Calcutta medical institutions reports 1879-81 [i.e.91]
Year: 1879
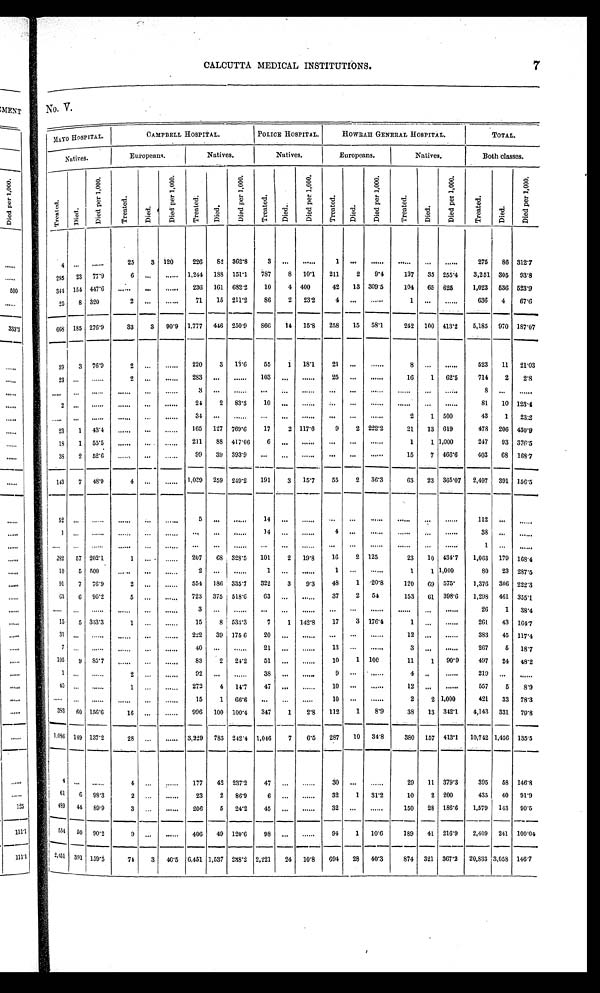
CALCUTTA MEDICAL INSTITUTIONS.
7
No. V.
MAYO HOSPITAL.
CAMPBELL HOSPITAL.
POLICE HOSPITAL.
HOWRAH GENERAL HOSPITAL.
T O T A L .
N a t i v e s .
E u r o p e a n s .
Na t i v e s .
Natives.
Europeans.
Na t i v e s .
Bot h cl asses.
T r e a t e d .
D i e d .
D i e d p e r 1 , 0 0 0 .
Tr e a t e d.
D i e d .
D i e d p e r 1 , 0 0 0 .
T r e a t e d .
D i e d .
D i e d p e r 1 , 0 0 0 .
T r e a t e d .
D i e d .
D i e d p e r 1 , 0 0 0 .
T r e a t e d .
D i e d .
D i e d p e r 1 , 0 0 0 .
T r e a t e d .
Di e d.
D i e d p e r 1 , 0 0 0 .
T r e a t e d .
D i e d .
D i e d p e r 1 , 0 0 0 .
4
. . .
. . .
2 5
3
1 2 0
2 2 6
8 2
3 6 2 . 8
3
. . .
. . .
1
. . .
. . . . . .
. . .
. . .
2 7 5
8 6
3 1 2 . 7
2 9 5 2 3
7 7 . 9
6
. . .
. . .
1 , 2 4 4
1 8 8
1 5 1 . 1
7 8 7
8
1 0 . 1
2 1 1
2
9 . 4
1 3 7
3 5
2 5 5 . 4
3 , 2 5 1 3 0 5
9 3 . 8
3 4 4 1 5 4
4 4 7 . 6
. . .
. . .
. . .
2 3 6
1 6 1
6 8 2 . 2
1 0
4
4 0 0
4 2
1 3
3 0 9 . 5
1 0 4
6 5
6 2 5
1 , 0 2 3
5 3 6
5 2 3 . 9
2 5 8
3 2 0
2
. . .
. . .
7 1
1 5
2 1 1 . 2
8 6
2
2 3 . 2
4
. . .
. . .
1
. . .
. . .
6 3 6
4
6 7 . 6
6 6 8
1 8 5
2 7 6 . 9
3 3
3
9 0 . 9
1 , 7 7 7
4 4 6
2 5 0 . 9
8 6 6
1 4
1 5 . 8
2 5 8
1 5
5 8 . 1
2 4 2
1 0 0
4 1 3 . 2
5 , 1 8 5
9 7 0
1 8 7 . 0 7
3 9 3
7 6 . 9
2
. . .
. . .
2 2 0
3
1 3 . 6
5 5
1
1 8 . 1
2 1
. . .
. . .
8
. . .
. . .
5 2 3
1 1
2 1 . 0 3
2 3 . . .
. . .
2
. . .
. . .
2 8 3
. . .
. . .
1 0 3 . . .
. . .
2 5 . . .
. . .
1 6
1
6 2 . 5
7 1 4
2
2 . 8
. . .
. . .
. . .
. . . . . .
. . .
3
. . .
. . .
. . .
. . .
. . .
. . .
. . .
. . .
. . .
. . .
. . .
8
. . .
. . .
2 . . .
. . .
. . . . . .
. . .
2 4
2
8 3 . 3
1 0 . . .
. . .
. . .
. . .
. . .
. . .
. . .
. . .
8 1
1 0
1 2 3 . 4
. . .
. . .
. . .
. . . . . .
. . .
3 4
. . .
. . .
. . .
. . .
. . .
. . .
. . .
. . .
2
1
5 0 0
4 3
1
2 3 . 2
2 3 1
4 3 . 4
. . .
. . .
. . .
1 6 5
1 2 7
7 6 9 . 6
1 7
2
1 1 7 . 6
9
2
2 2 2 . 2
2 1
1 3
6 1 9
4 7 8
2 0 6
4 3 0 . 9
1 8
1
5 5 . 5
. . . . . .
. . .
2 1 1
8 8
4 1 7 . 0 6
6
. . .
. . .
. . .
. . .
. . .
1
1 1 , 0 0 0
2 4 7
9 3
3 7 6 . 5
3 8
2
5 2 . 6
. . . . . .
. . .
9 9
3 9
3 9 3 . 9 . . .
. . .
. . .
. . .
. . .
. . .
1 5
7
4 6 6 . 6
4 0 3
6 8
1 6 8 . 7
1 4 3
7
4 8 . 9
4
. . .
. . .
1 , 0 2 9
2 5 9
2 4 9 . 2
1 9 1
3
1 5 . 7
5 5
2
3 6 . 3
6 3
2 3
3 6 5 . 0 7
2 , 4 9 7
3 9 1
1 5 6 . 5
5 2
. . .
. . .
. . . . . .
. . .
5 . . .
. . .
1 4 . . .
. . .
. . .
. . .
. . .
. . .
. . .
. . .
1 1 2
. . .
. . .
1
. . .
. . .
. . . . . .
. . . . . .
. . .
. . .
1 4 . . .
. . .
4 . . .
. . .
. . .
. . .
. . .
3 8
. . .
. . .
. . .
. . .
. . .
. . . . . .
. . .
. . . . . .
. . .
. . .
. . .
. . .
. . .
. . .
. . .
. . .
. . .
. . .
1 . . .
. . .
2 8 2
5 7
2 0 2 . 1
1
. . .
. . .
2 0 7
6 8
3 2 8 . 5
1 0 1
2
1 9 . 8
1 6
2
1 2 5
2 3
1 0
4 3 4 . 7
1 , 0 6 3
1 7 9
1 6 8 . 4
1 0
5
5 0 0
. . .
. . .
. . .
2
. . .
. . .
1 . . .
. . .
1 . . .
. . .
1
1
1 , 0 0 0
8 0
2 3
2 8 7 . 5
9 1
7
7 6 . 9
2
. . .
. . .
5 5 4
1 8 6
3 3 5 . 7
3 2 2
3
9 . 3
4 8
1
2 0 . 8
1 2 0
6 9
5 7 5
1 , 3 7 6
3 0 6
2 2 2 . 3
6 3
6
9 5 . 2
5
. . .
. . .
7 2 3
3 7 5
5 1 8 . 6
6 3 . . .
. . .
3 7
2
5 4
1 5 3
6 1
3 9 8 . 6
1 , 2 9 8
4 6 1
3 5 5 . 1
. . .
. . .
. . .
. . .
. . .
. . .
3
. . .
. . .
. . .
. . .
. . .
. . .
. . .
. . .
. . .
. . .
. . .
2 6
1
3 8 . 4
1 5
5
3 3 3 . 3
1
. . .
. . .
1 5
8
5 3 3 . 3
7
1
1 4 2 . 8
1 7
3
1 7 6 . 4
1
. . .
. . .
2 6 1
4 3
1 6 4 . 7
3 1 . . .
. . .
. . .
. . .
. . .
2 2 2
3 9
1 7 5 . 6
2 0 . . .
. . .
. . .
. . .
. . .
1 2
. . .
. . .
3 8 3
4 5
1 1 7 . 4
7 . . .
. . .
. . .
. . .
. . .
4 0 . . .
. . .
2 1
. . .
. . .
1 3 . . .
. . .
3
. . .
. . .
2 6 7
5
1 8 . 7
1 0 5
9
8 5 . 7
. . .
. . .
. . .
8 3
2
2 4 . 2
5 1 . . .
. . .
1 0
1
1 0 0
1 1
1
9 0 . 9
4 9 7
2 4
4 8 . 2
1
. . .
. . .
2
. . .
. . .
9 2 . . .
. . .
3 8
. . .
. . .
9 . . .
. . .
4 . . .
. . .
2 1 9
. . .
. . .
4 5
. . .
. . .
1
. . .
. . .
2 7 2
4
1 4 . 7
4 7 . . .
. . .
1 0 . . .
. . .
1 2
. . .
. . .
5 5 7
5
8 . 9
. . .
. . .
. . .
. . .
. . .
. . .
1 5
1
6 6 . 6
. . .
. . .
. . .
1 0 . . .
. . .
2
2
1 , 0 0 0
4 2 1
3 3
7 8 . 3
3 8 3
6 0
1 5 6 . 6
1 6 . . .
. . .
9 9 6
1 0 0
1 0 0 . 4
3 4 7
1
2 . 8
1 1 2
1
8 . 9
3 8
1 3
3 4 2 . 1
4 , 1 4 3
3 3 1
7 9 . 8
1 , 0 8 6
1 4 9
1 3 7 . 2
2 8
. . .
. . .
3 , 2 2 9
7 8 3
2 4 2 . 4
1 , 0 4 6
7
6 . 5
2 8 7
1 0
3 4 . 8
3 8 0
1 5 7
4 1 3 . 1
1 0 , 7 4 2
1 , 4 5 6
1 3 5 . 5
4
. . .
. . .
4
. . .
. . .
1 7 7
4 2
2 3 7 . 2
4 7 . . .
. . .
3 0 . . .
. . .
2 9
1 1
3 7 9 . 3
3 9 5
5 8
1 4 6 . 8
6 1 6
9 8 . 3
2
. . .
. . .
2 3
2
8 6 . 9
6
. . .
. . .
3 2
1
3 1 . 2
1 0
2
2 0 0
4 3 5
4 0
9 1 . 9
4 8 9
4 4
8 9 . 9
3
. . .
. . .
2 0 6
5
2 4 . 2
4 5 . . .
. . .
3 2 . . .
. . .
1 5 0
2 8
1 8 6 . 6
1 , 5 7 9
1 4 3
9 0 . 5
5 5 4
5 0
9 0 . 2
9
. . .
. . .
4 0 6
4 9
1 2 0 . 6
9 8 . . .
. . .
9 4
1
1 0 . 6
1 8 9
4 1
2 1 6 . 9
2 , 4 0 9
2 4 1
1 0 0 . 0 4
2 , 4 5 1
3 9 1
1 5 9 . 5
7 4
3
4 0 . 5
6 , 4 5 1
1 , 5 3 7
2 3 8 . 2
2 , 2 2 1
2 4
1 0 . 8
6 9 4
2 8
4 0 . 3
8 7 4
3 2 1
3 6 7 . 2
2 0 , 8 3 3
3 , 0 5 8
1 4 6 . 7